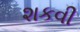
શકવી